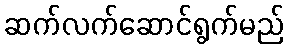
ဆက်လက်ဆောင်ရွက်မည်